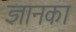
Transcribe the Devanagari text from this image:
ज्ञानका